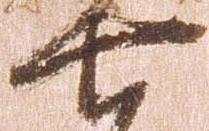
七